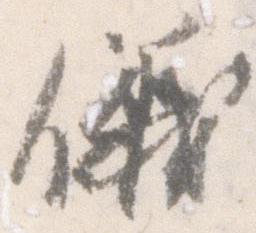
儀